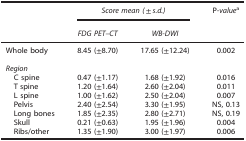
<table><thead><tr><td><b> </b></td><td colspan="2"><b><i>Score mean (</i>±<i>s.d.)</i></b></td><td><b>P-<i>value</i>a</b></td></tr><tr><td><b> </b></td><td><b><i>FDG PET–CT</i></b></td><td><b><i>WB-DWI</i></b></td><td><b> </b></td></tr></thead><tbody><tr><td>Whole body</td><td>8.45 (±8.70)</td><td>17.65 (±12.24)</td><td>0.002</td></tr><tr><td colspan="4"> </td></tr><tr><td colspan="4"><i>Region</i></td></tr><tr><td> C spine</td><td>0.47 (±1.17)</td><td>1.68 (±1.92)</td><td>0.016</td></tr><tr><td> T spine</td><td>1.20 (±1.64)</td><td>2.60 (±2.04)</td><td>0.011</td></tr><tr><td> L spine</td><td>1.00 (±1.62)</td><td>2.50 (±2.04)</td><td>0.007</td></tr><tr><td> Pelvis</td><td>2.40 (±2.54)</td><td>3.30 (±1.95)</td><td>NS, 0.13</td></tr><tr><td> Long bones</td><td>1.85 (±2.35)</td><td>2.80 (±2.71)</td><td>NS, 0.19</td></tr><tr><td> Skull</td><td>0.21 (±0.63)</td><td>1.95 (±1.96)</td><td>0.004</td></tr><tr><td> Ribs/other</td><td>1.35 (±1.90)</td><td>3.00 (±1.97)</td><td>0.006</td></tr></tbody></table>